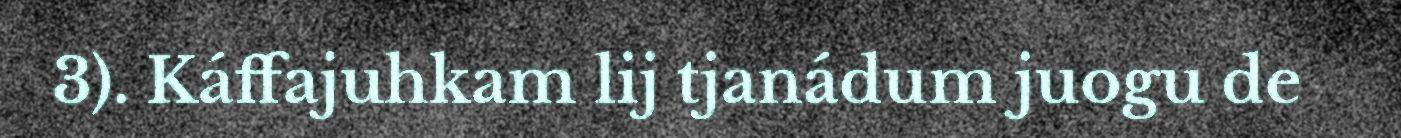
3). Káffajuhkam lij tjanádum juogu de